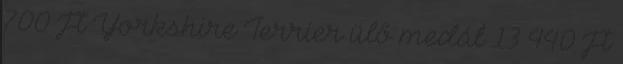
700 Ft Yorkshire Terrier ülő medál 13 440 Ft